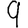
Digit: 9